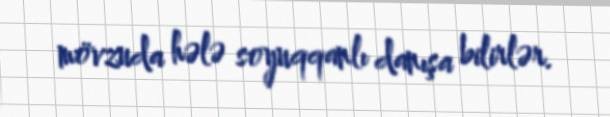
mövzuda hələ soyuqqanlı danışa bilirlər.